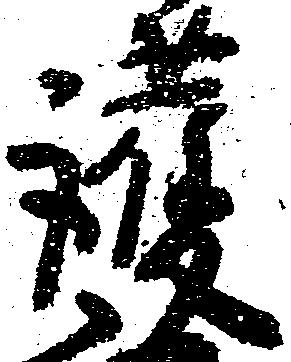
護